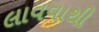
લાવવાથી